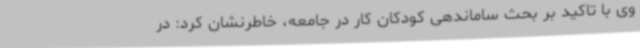
وی با تاکید بر بحث ساماندهی کودکان کار در جامعه، خاطرنشان کرد: در